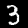
Label: 3